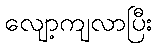
လျော့ကျလာပြီး